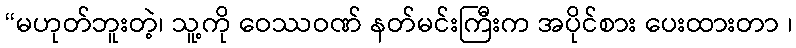
“မဟုတ်ဘူးတဲ့၊ သူ့ကို ဝေဿဝဏ် နတ်မင်းကြီးက အပိုင်စား ပေးထားတာ ၊